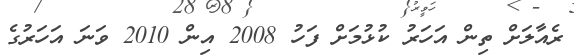
ރެއާލަށް ތިން އަހަރު ކުޅުމަށް ފަހު 2008 އިން 2010 ވަނަ އަހަރުގެ